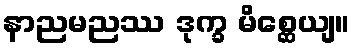
နာညမညဿ ဒုက္ခ မိစ္ဆေယျ။